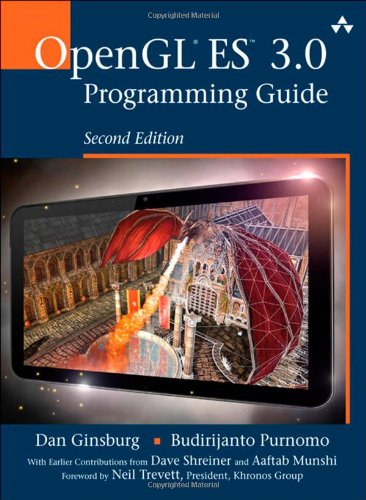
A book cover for OpenGL ES 3.0 Programming Guide (2nd Edition); Dan Ginsburg; Computers & Technology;